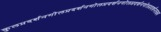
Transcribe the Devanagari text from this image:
कुलप्रदर्शनगोलप्रदर्शनगोलप्रदर्शनगोलप्रदर्शनगोलप्रदर्शनलक्ष्य